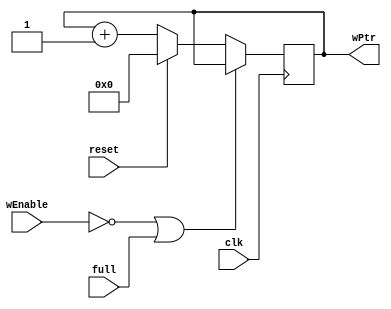

module writePtr(
clk,
reset,
wEnable,
full,
wPtr
);

input clk;
input reset;
input wEnable;
input full;
output reg [8:0] wPtr;

initial
  wPtr = 9'd0;

always @ (posedge clk) begin
  if(~wEnable || full) 
    wPtr <= wPtr;
  else if(reset)
    wPtr <= 9'd0;
  else
    wPtr <= wPtr + 9'd1;
  end

endmodule